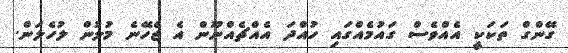
ގޭންގް ތަކަކީ އެއްވެސް ގައުމެއްގައި ހުއްދަ އެއްޗެއްނޫން އެ ޖެހޭނެ މުލުން ލުހެލަން.